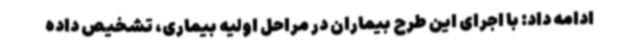
ادامه داد: با اجرای این طرح بیماران در مراحل اولیه بیماری، تشخیص داده